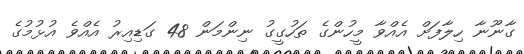
ގާނޫނާ ހިލާފަށް އެއްވާ މީހުންގެ ތަހުގީގު ނިންމަން 48 ގަޑިއިރު އެއްވެ އުޅުމުގެ